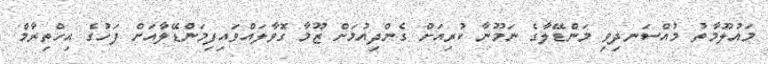
މައުލޫމާތު މުއްސަނދިވި މަންޑޭލާގެ ނަމޫނާ ކުރިއަށް ގެންދިއުމަށް ޒޫމާ ގޮވާލައްވައިފިމަންޑޭލާއަށް ފަހުގެ އިހްތިރާމް